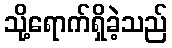
သို့ရောက်ရှိခဲ့သည်